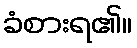
ခံစားရ၏။